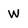
Character: W